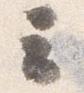
云